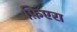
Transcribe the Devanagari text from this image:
फ़िएरा